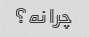
چرا نه؟